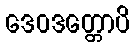
ဒေဝဒတ္တောပိ